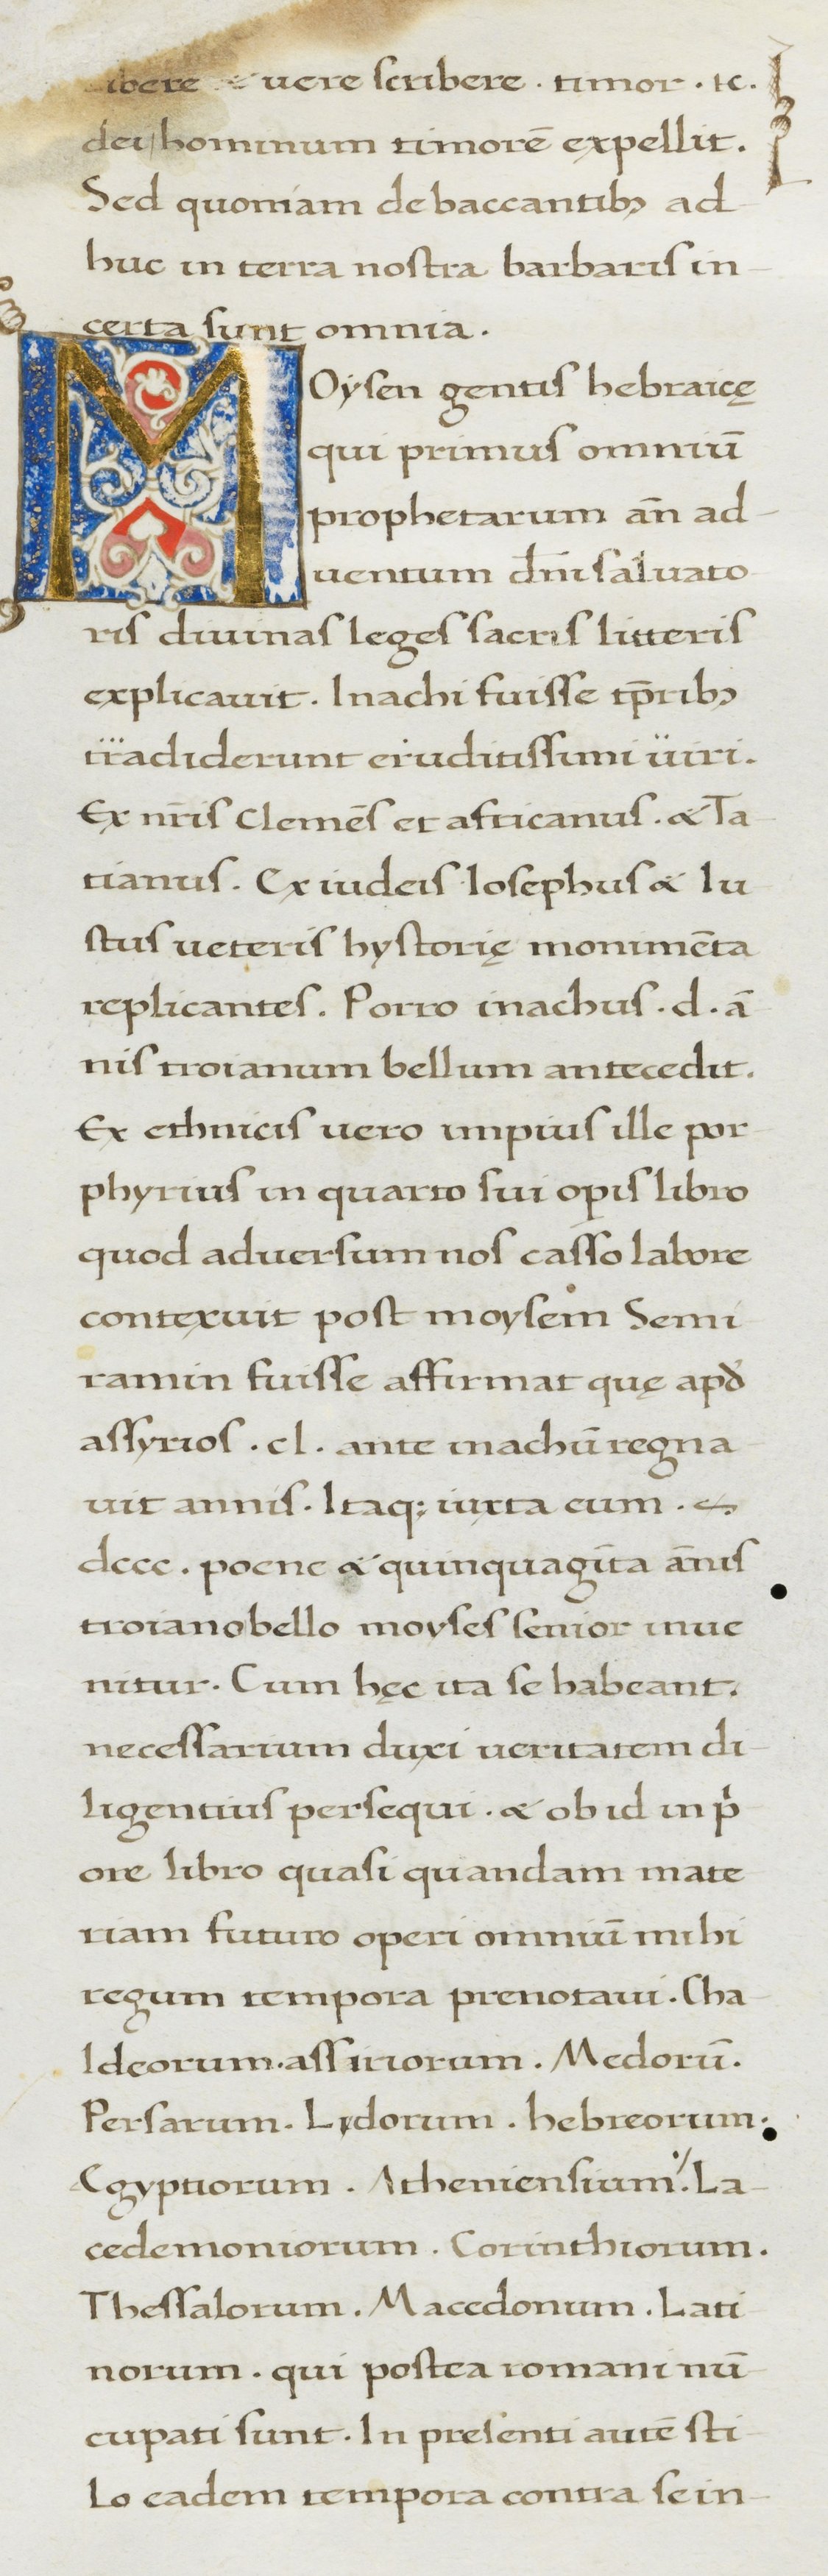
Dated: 1380–1420